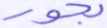
بحور